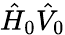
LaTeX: \hat{H}_{0}\hat{V}_{0}